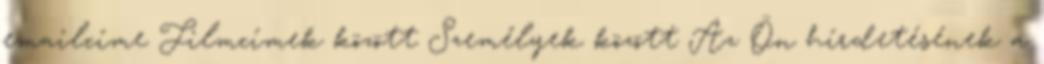
emailcíme Filmcímek között Személyek között Az Ön hírdetésének a